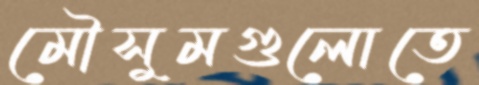
মৌসুমগুলোতে